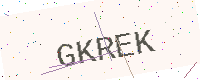
Text: GKREK